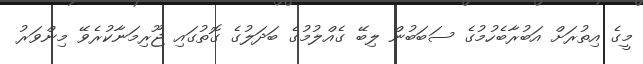
މީގެ އިތުރަށް އަބުރާބެހުމުގެ ސަބަބުން ލިބޭ ގެއްލުމުގެ ބަދަލުގެ ގޮތުގައި ޖޫރިމަނާކުރެވޭ މިންވަރު